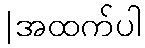
|အထက်ပါ